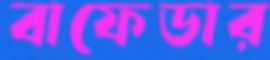
বাফেডার